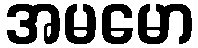
အမမော